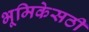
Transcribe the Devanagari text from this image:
भूमिकेसठी